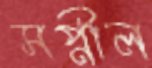
সপ্নীল